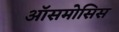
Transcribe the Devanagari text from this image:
ऑसमोसिस